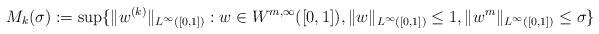
LaTeX: \begin{align*}M_k(\sigma):=\sup\{ \|w^{(k)}\|_{L^{\infty}([0,1])}: w\in W^{m, \infty}([0,1]), \|w\|_{L^{\infty}([0,1])} \leq 1, \|w^{m}\|_{L^{\infty}([0,1])} \leq \sigma\}\end{align*}